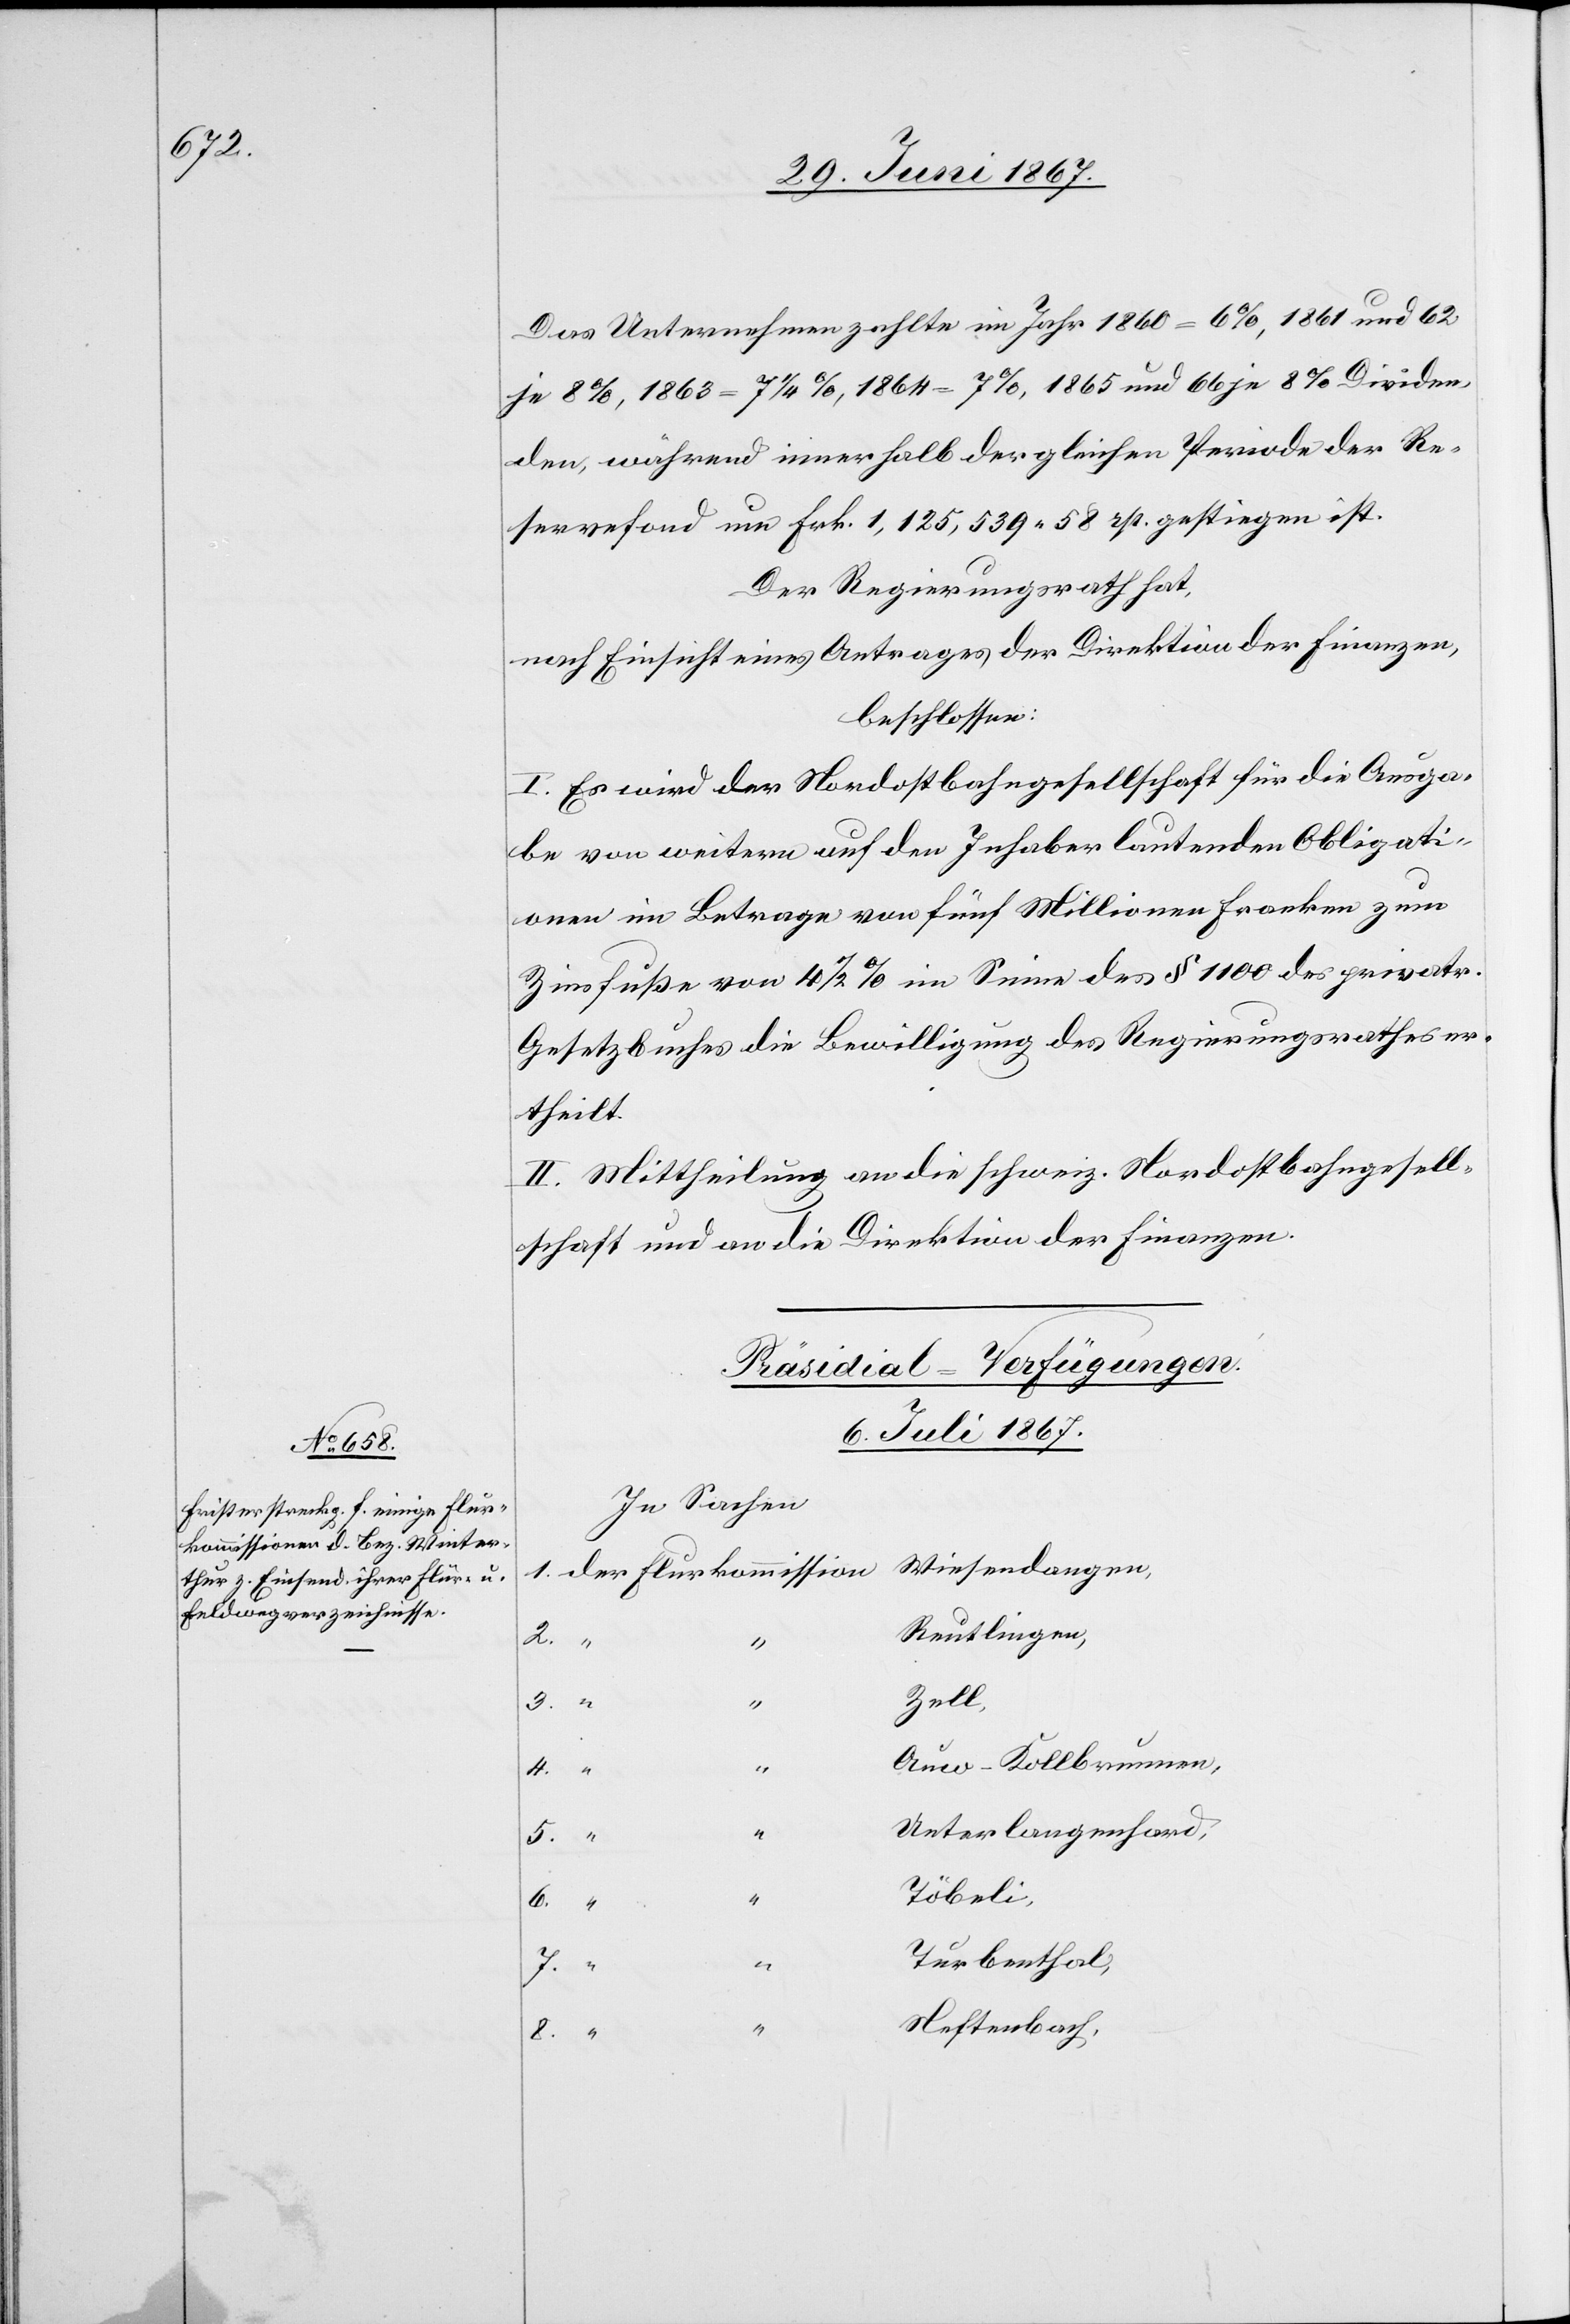
Das Unternehmen zahlte im Jahr 1860 = 6 %, 1861 und 62
je 8 %, 1863= 7 1/2 %, 1865 und 66 je 8 % Dividen¬
den, während innerhalb der gleichen Periode der Re¬
servefond um Frk. 1 125 539.58 rp. gestiegen ist.
Der Regierungsrath hat,
nach Einsicht eines Antrages der Direktion der Finanzen,
beschlossen:
I. Es wird der Nordostbahngesellschaft für die Ausga¬
be von weitern auf den Inhaber lautenden Obligati¬
onen im Betrage von fünf Millionen Franken zum
Zinsfuße von 4 1/2 % im Sinne des § 1100 des privatr.
Gesetzbuches die Bewilligung des Regierungsrathes er¬
theilt.
II. Mittheilung an die schweiz. Nordostbahngesell¬
schaft und an die Direktion der Finanzen.
Präsidial-Verfügungen.
6. Juli 1867.
In Sachen
Reutlingen,
3.
Zell,
“
Auw-Kollbrunnen,
5.
Unterlangenhard,
6.
Töbeli,
Turbenthal,
8.
Neftenbach,